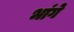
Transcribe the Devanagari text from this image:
भांगे